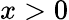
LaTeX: x>0